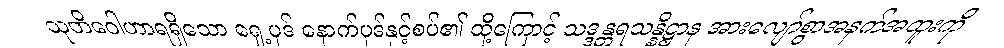
သုတိဝေါဟာရရှိသော ရှေ့ပုဒ် နောက်ပုဒ်နှင့်စပ်၏ ထို့ကြောင့် သဒ္ဒန္တရသန္နိဋ္ဌာန အားလျော်စွာအနက်အထူးကို